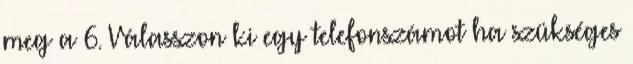
meg a 6. Válasszon ki egy telefonszámot ha szükséges